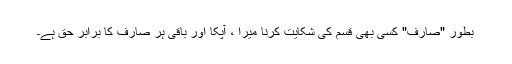
بطور "صارف" کسی بھی قسم کی شکایت کرنا میرا ، آپکا اور باقی ہر صارف کا برابر حق ہے۔